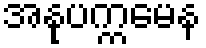
အနုပက္ကမေန